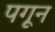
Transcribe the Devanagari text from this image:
पगून